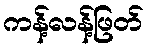
ကန့်လန့်ဖြတ်